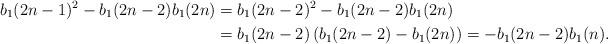
LaTeX: \begin{align*} b_1(2n-1)^2-b_1(2n-2)b_1(2n)&=b_1(2n-2)^2-b_1(2n-2)b_1(2n)\\ &=b_1(2n-2)\left(b_1(2n-2)-b_1(2n)\right)=-b_1(2n-2)b_1(n).\end{align*}